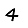
Digit: 4